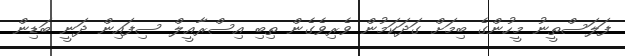
ފަލަސްތީނު މީހުންގެ ބިމަށް ގަދަކަމުން ވެރިވެގެން ތިބި އިސްރާާއީލް ސިފައިން ދަނީ ބަޑިން